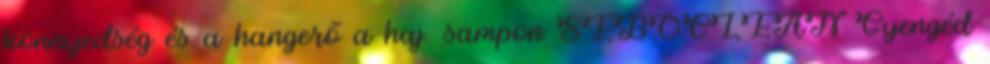
könnyedség és a hangerő a haj. sampon SEBOCLEAN Gyengéd